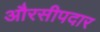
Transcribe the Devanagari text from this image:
औरसीपदार